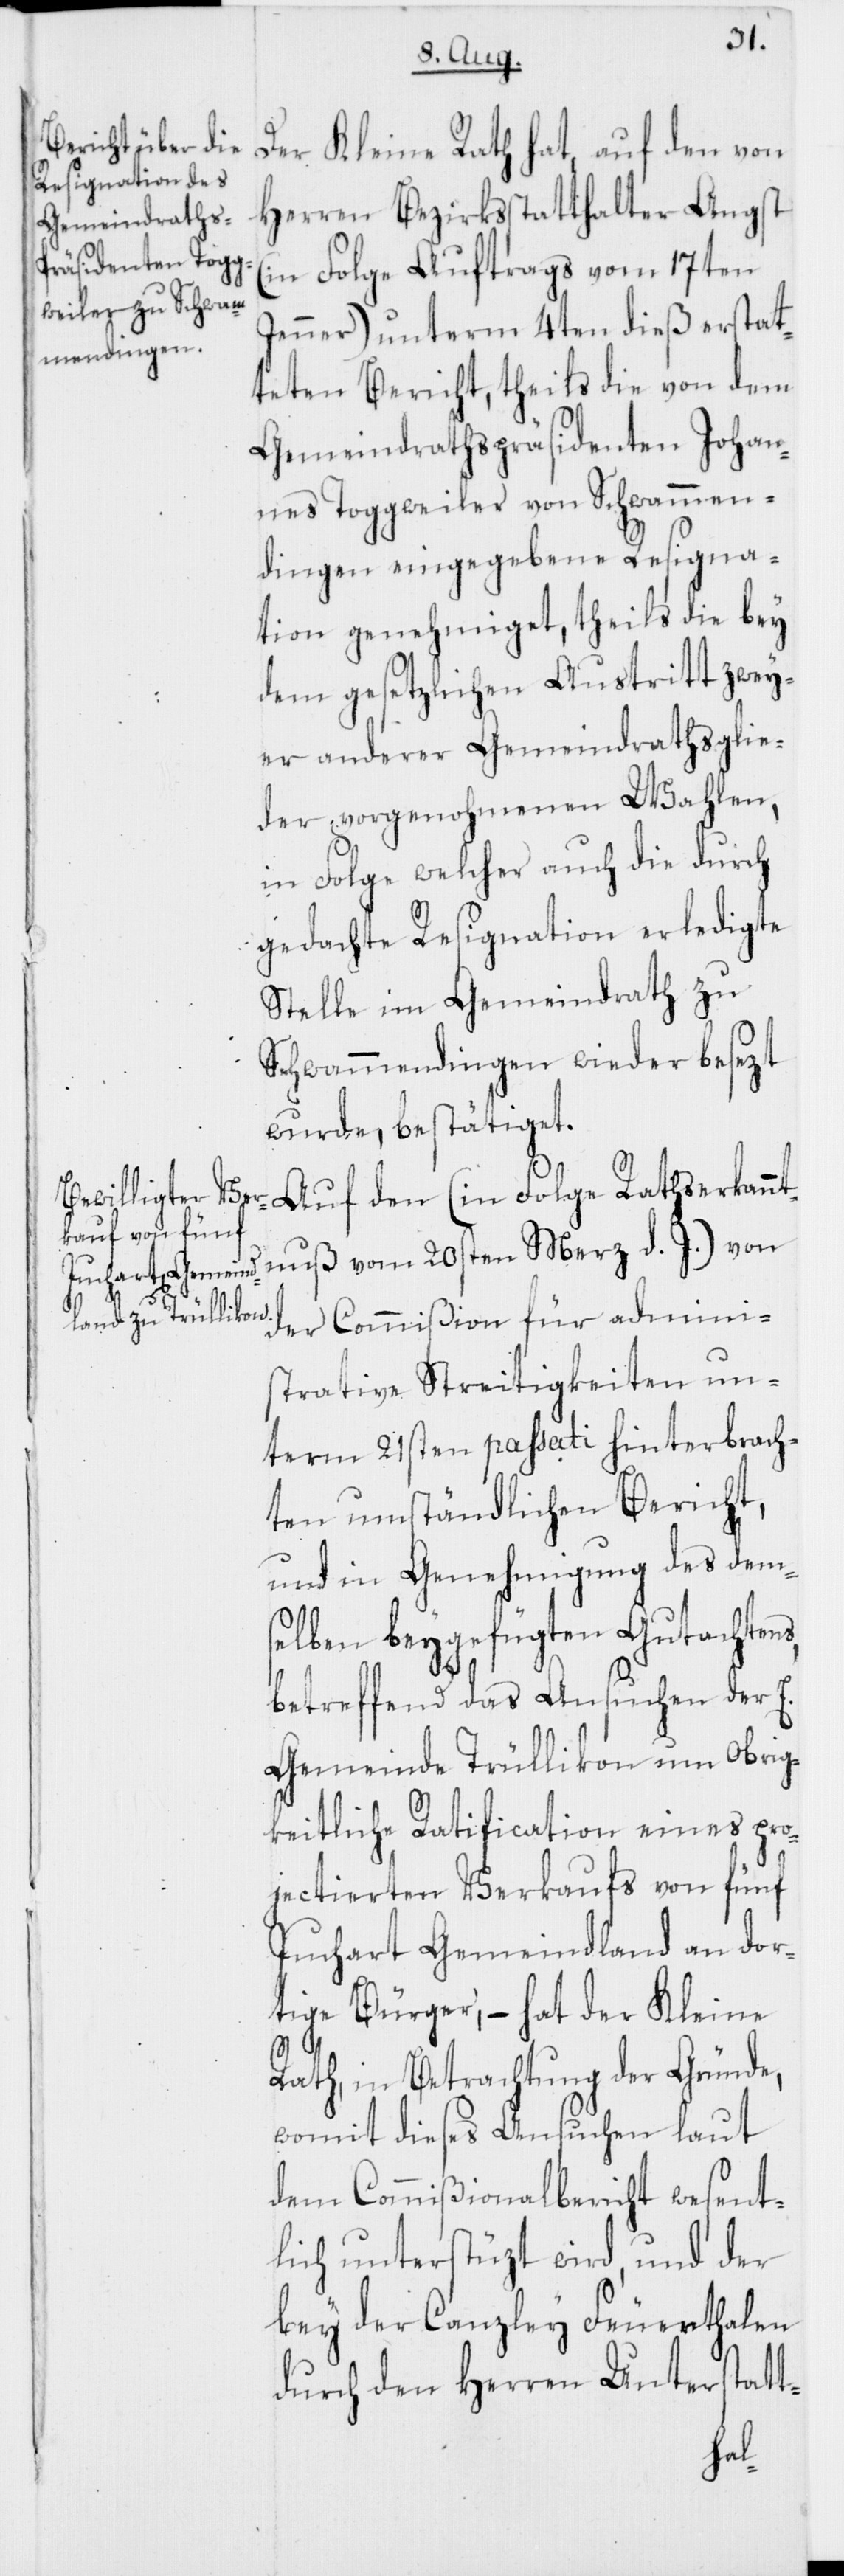
Der Kleine Rath hat, auf den von
Herren Bezirksstatthalter Angst
(in Folge Auftrags vom 17ten
Jenner) unterm 4ten dieß erstat¬
teten Bericht, theils die von dem
Gemeindrathspräsidenten Johan¬
nes Toggweiler von Schwammen¬
dingen eingegebene Resigna¬
tion genehmiget, theils die bey
dem gesetzlichen Austritt zwey¬
er anderer Gemeindrathsglie¬
der vorgenohmenen Wahlen,
in Folge welcher auch die durch
gedachte Resignation erledigte
Stelle im Gemeindrath zu
Schwammendingen wieder besezt
wurde, bestätiget.
Auf den (in Folge Rathserkannt¬
nuß vom 20sten März d. J.) von
der Commißion für admini¬
strative Streitigkeiten un¬
term 21sten passati hinterbrach¬
ten umständlichen Bericht,
und in Genehmigung des dems¬
elben beygefügten Gutachtens,
betreffend das Ansuchen der E.
Gemeinde Trüllikon um Obrig¬
keitliche Ratification eines pro¬
jectierten Verkaufs von fünf
Juchart Gemeindland an dor¬
tige Bürger, – hat der Kleine
Rath, in Betrachtung der Gründe,
womit dieses Ansuchen laut
dem Commißionalbericht wesent¬
lich unterstüzt wird, und der
bey der Canzley Feuerthalen
durch den Herren Unterstatt-